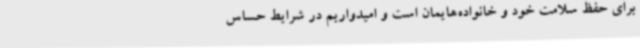
برای حفظ سلامت خود و خانواده‌هایمان است و امیدواریم در شرایط حساس